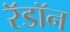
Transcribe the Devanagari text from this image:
रॅडॉन